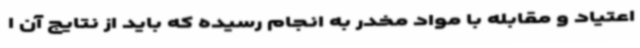
اعتیاد و مقابله با مواد مخدر به انجام رسیده که باید از نتایج آن ا